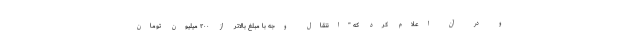
و در آن اعلام کرد که "انتقال وجه با مبلغ بالاتر از ۲۰۰ میلیون تومان